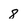
Character: 8